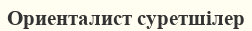
Ориенталист суретшілер